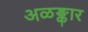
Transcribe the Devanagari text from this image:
अळङ्कार